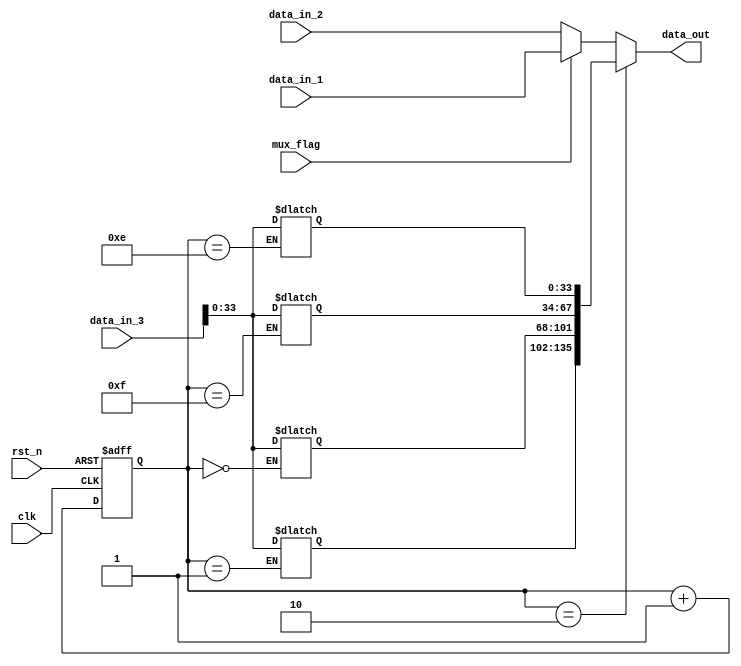
//**********************************************************
// School: Shanghai Jiao Tong University
//
// File Name: mux
//
// Type: Sequential
//
// Purpose: 
//
// Details: 
//
// Release History:
// - Version 1.0 20/04/14: Create.
//
// Notes:
//
//**********************************************************

module mux(

  input wire        mux_flag,
  input wire        clk,
  input wire        rst_n,
  input wire[135:0] data_in_1,
  input wire[135:0] data_in_2,
  input wire[135:0] data_in_3,
  output reg[135:0] data_out

  );
  reg [3:0] counter;
  reg [33:0] R1;
  reg [33:0] R2;
  reg [33:0] R3;
  reg [33:0] R4;

  always @ ( mux_flag or data_in_1 or data_in_2) begin
    if(counter == 2)
      data_out <= {R4,R3,R2,R1};
    else if ( mux_flag )
      data_out <= data_in_1;
    else
      data_out <= data_in_2;
  end

  always @(posedge clk or negedge rst_n)begin
    if(!rst_n)
      counter <= 0;
   else  
      counter <= counter + 1;
  end

  always @ ( mux_flag or data_in_1 or data_in_2) 
      if(counter == 14)
        R1 <= data_in_3[33:0];
    else
        R1 <= R1;

   always @ ( mux_flag or data_in_1 or data_in_2) 
      if(counter == 15)
        R2 <= data_in_3[33:0];
    else
        R2 <= R2;

   always @ ( mux_flag or data_in_1 or data_in_2) 
      if(counter == 0)
        R3 <= data_in_3[33:0];
    else
        R3 <= R3;

   always @ ( mux_flag or data_in_1 or data_in_2) 
      if(counter == 1)
        R4 <= data_in_3[33:0];
    else
        R4 <= R4;

endmodule